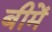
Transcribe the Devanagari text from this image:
बीमें